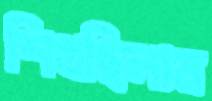
শিখছিলাম